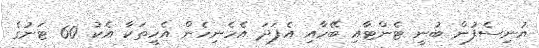
ޔުނިސެފުން ބުނީ ޓެންޓާއި ބޭހާއި އެފަދަ އެހެނިހެން އެހީތަކާ އެކު 60 ޓަނުގެ